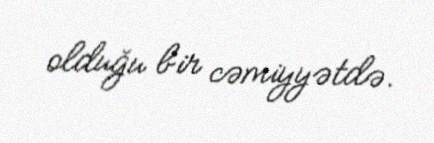
olduğu bir cəmiyyətdə.